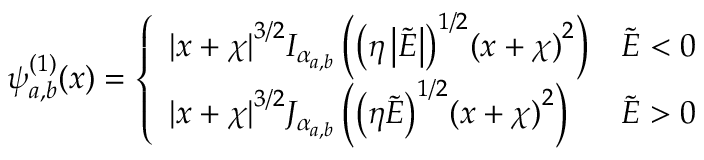
\psi _ { a , b } ^ { ( 1 ) } ( x ) = \left\{ \begin{array} { l l } { { | x + \chi | } ^ { 3 / 2 } I _ { \alpha _ { a , b } } \left( { \left( \eta \left| \tilde { E } \right| \right) } ^ { 1 / 2 } { ( x + \chi ) } ^ { 2 } \right) } & { \tilde { E } < 0 } \\ { { | x + \chi | } ^ { 3 / 2 } J _ { \alpha _ { a , b } } \left( { \left( \eta \tilde { E } \right) } ^ { 1 / 2 } { ( x + \chi ) } ^ { 2 } \right) } & { \tilde { E } > 0 } \end{array} \right.